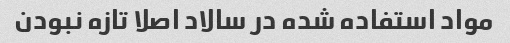
مواد استفاده شده در سالاد اصلا تازه نبودن